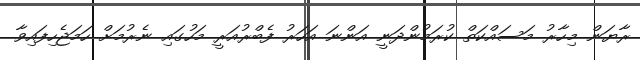
ރާޔަން މިހާރު މަސައްކަތް ކުރަމުންދަނީ އަންނަ އަހަރު ފެބްރުއަރީ މަހުގައި ނެރުމަށް ހަމަޖެހިފައިވާ